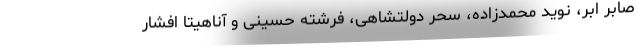
صابر ابر، نوید محمدزاده، سحر دولتشاهی، فرشته حسینی و آناهیتا افشار